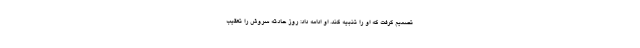
تصمیم گرفت که او را تنبیه کند. او ادامه داد: روز حادثه سروش را تعقیب